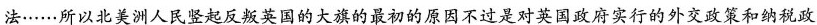
法……所以北美洲人民竖起反叛英国的大旗的最初的原因不过是对英国政府实行的外交政策和纳税政